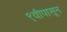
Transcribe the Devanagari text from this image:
९वीपासून